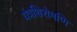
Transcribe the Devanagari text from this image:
यंत्रशिरोमणि